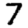
Digit: 7